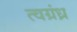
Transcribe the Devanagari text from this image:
त्वग्रंध्र